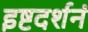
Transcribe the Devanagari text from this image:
इष्टदर्शनं